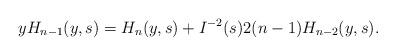
LaTeX: \begin{align*} y H_{n-1} (y,s) = H_n(y,s) + I^{-2} (s) 2(n-1) H_{n-2}(y,s).\end{align*}